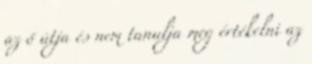
az ő útja és nem tanulja meg értékelni az